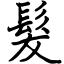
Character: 髮